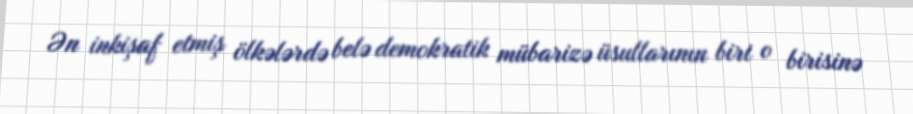
Ən inkişaf etmiş ölkələrdə belə demokratik mübarizə üsullarının biri o birisinə